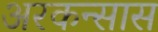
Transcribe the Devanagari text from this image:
अरकन्‍सास